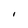
Character: I